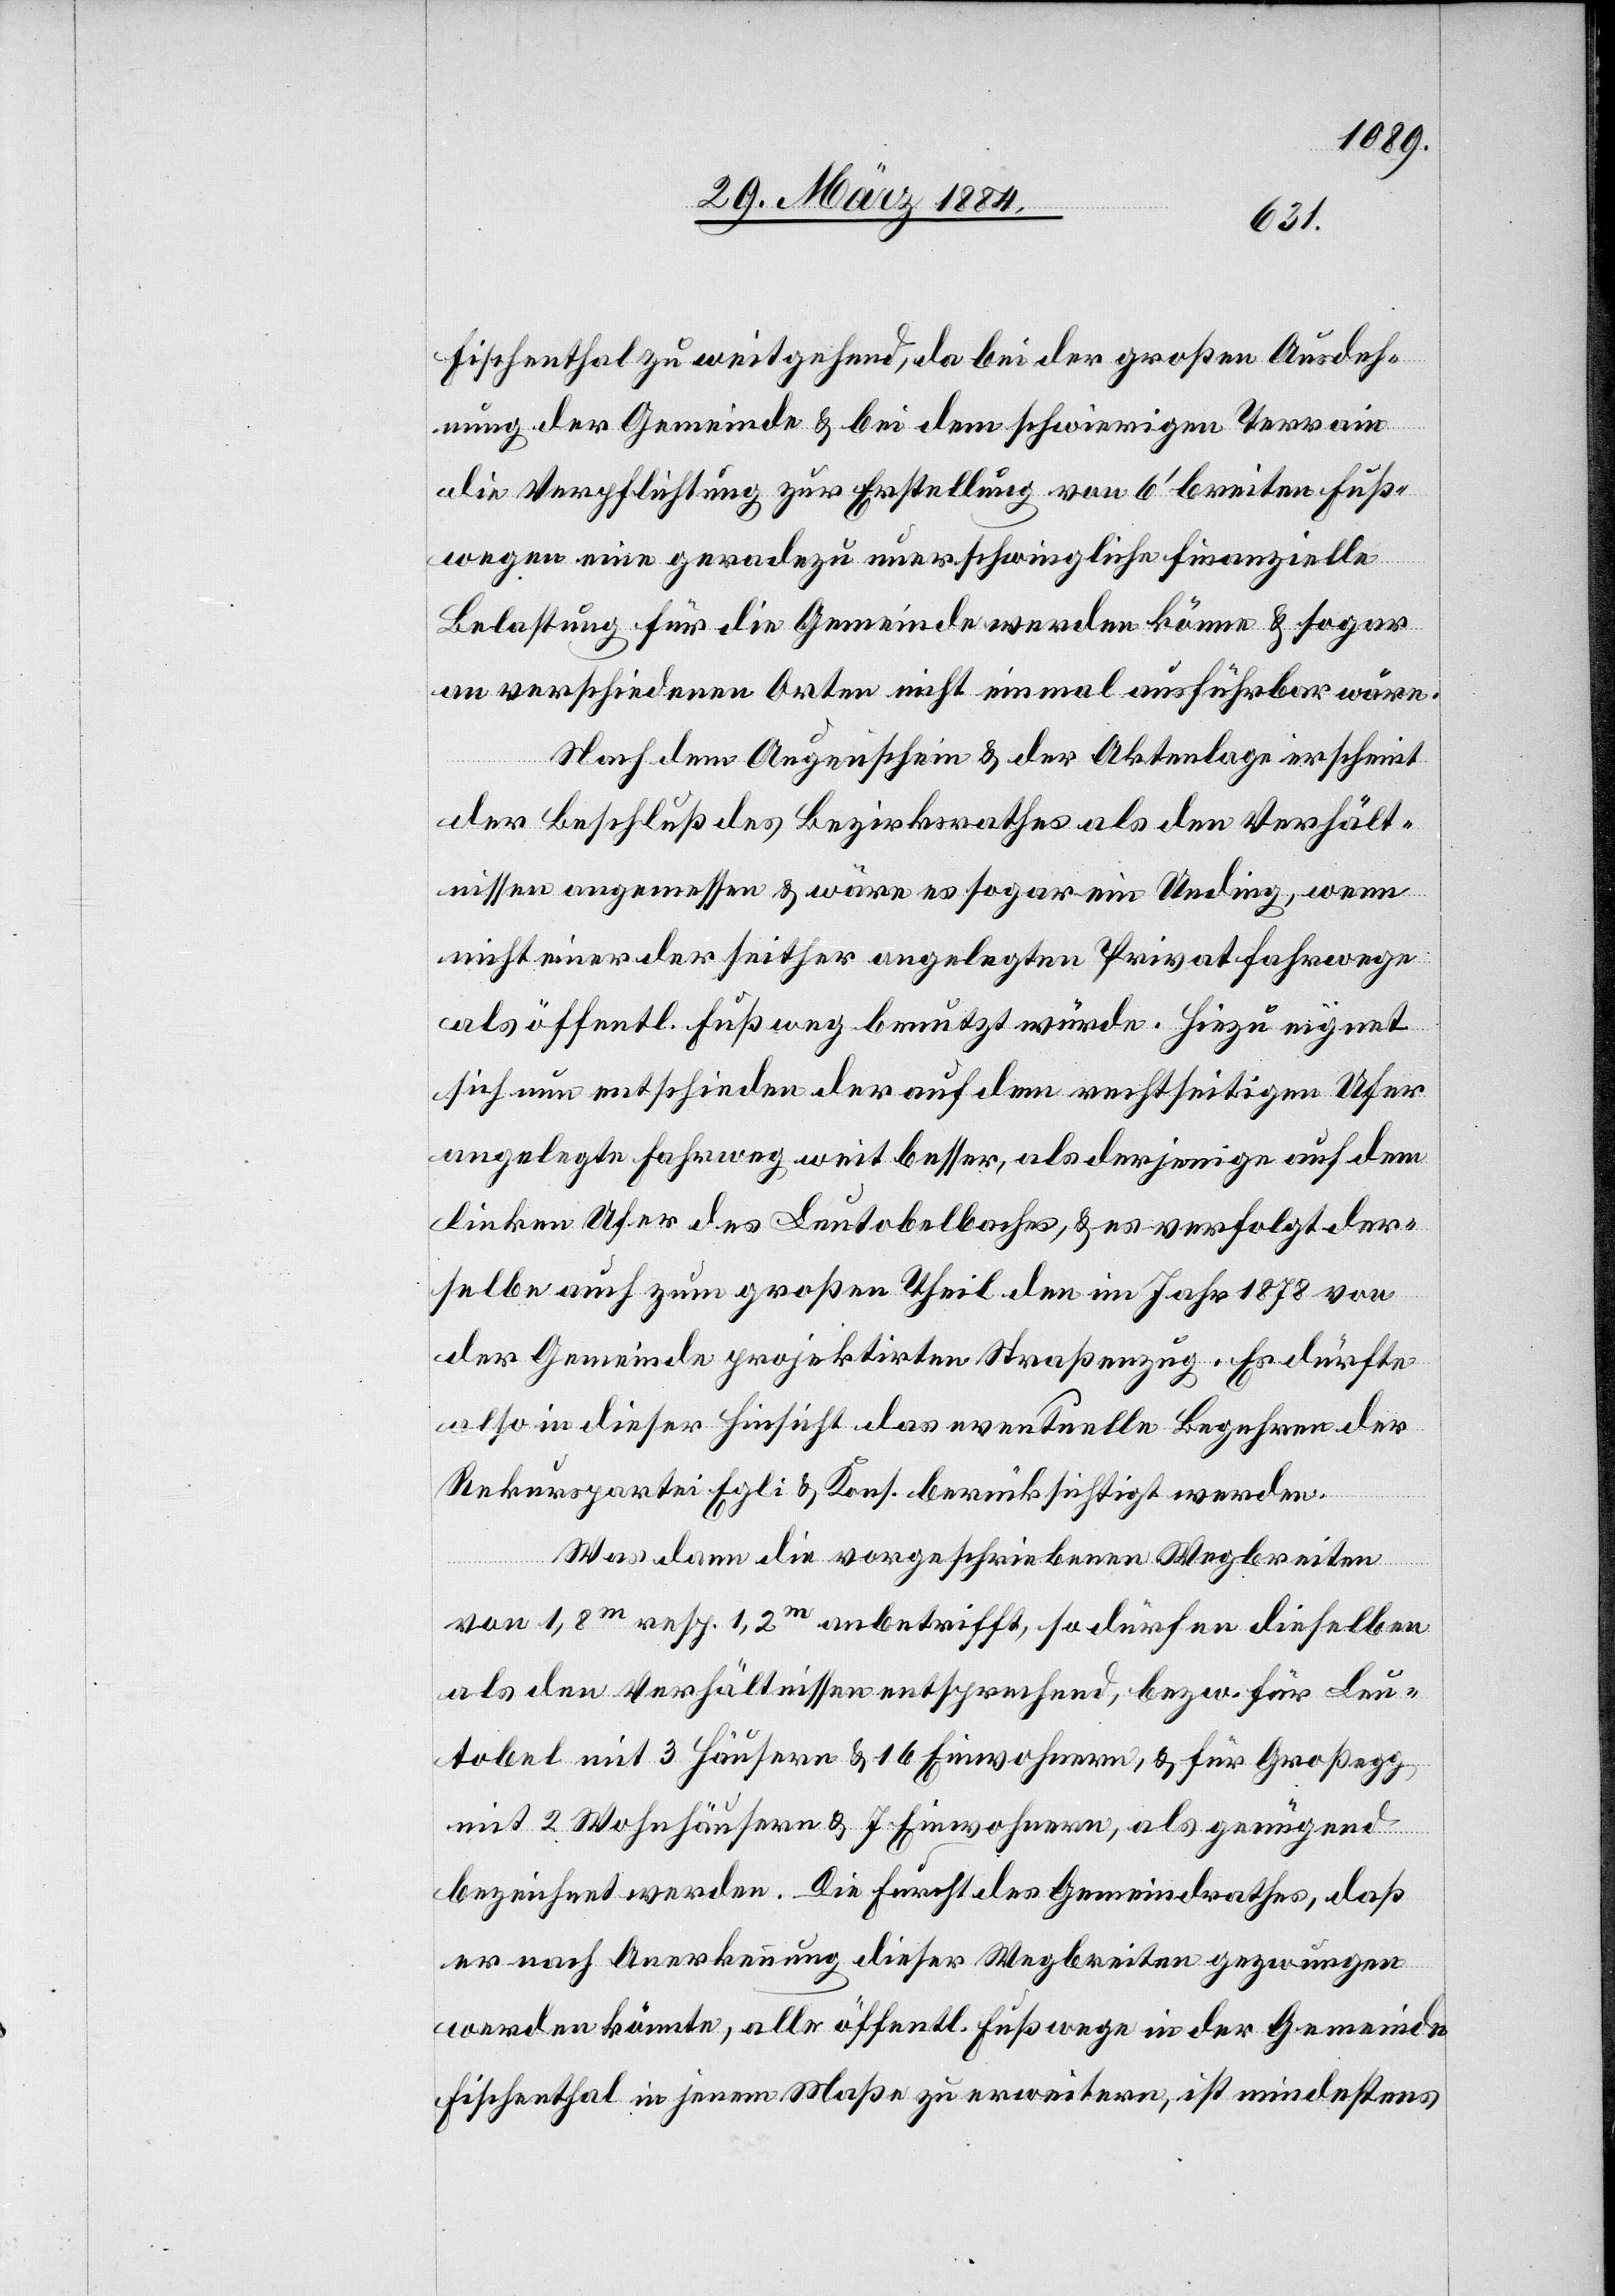
Fischenthal zu weitgehend, da bei der großen Ausdeh¬
nung der Gemeinde & bei dem schwierigen Terrain
die Verpflichtung zur Erstellung von 6’ breiten Fuß¬
wegen eine geradezu unerschwingliche finanzielle
Belastung für die Gemeinde werden könne & sogar
an verschiedenen Orten nicht einmal ausführbar wäre.
Nach dem Augenschein & der Aktenlage erscheint
der Beschluß des Bezirksrathes als den Verhält¬
nissen angemessen & wäre es sogar ein Unding, wenn
nicht einer der seither angelegten Privatfahrwege
als öffentl. Fußweg benutzt würde. Hiezu eignet
sich nun entschieden der auf dem rechtseitigen Ufer
angelegte Fahrweg weit besser, als derjenige auf dem
linken Ufer des Leutobelbaches, & es verfolgt der¬
selbe auch zum großen Theil den im Jahr 1878 von
der Gemeinde projektirten Straßenzug. Es dürfte
also in dieser Hinsicht das eventuelle Begehren der
Rekurspartei Egli & Kons. berücksichtigt werden.
Was dann die vorgeschriebene Wegbreite
von 1,8m resp. 1,2m anbetrifft, so dürfen dieselben
als den Verhältnissen entsprechend, bzw. für Leu¬
tobel mit 3 Häusern & 16 Einwohnern, & für Großegg
mit 2 Wohnhäusern & 7 Einwohnern, als genügend
bezeichnet werden. Die Furcht des Gemeindrathes, daß
er nach Anerkennung dieser Wegbreiten gezwungen
werden könnte, alle öffentl. Fußwege in der Gemeinde
Fischenthal in jenem Maße zu erweitern, ist mindestens